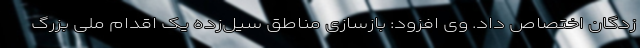
زدگان اختصاص داد. وی افزود: بازسازی مناطق سیل‌زده یک اقدام ملی بزرگ